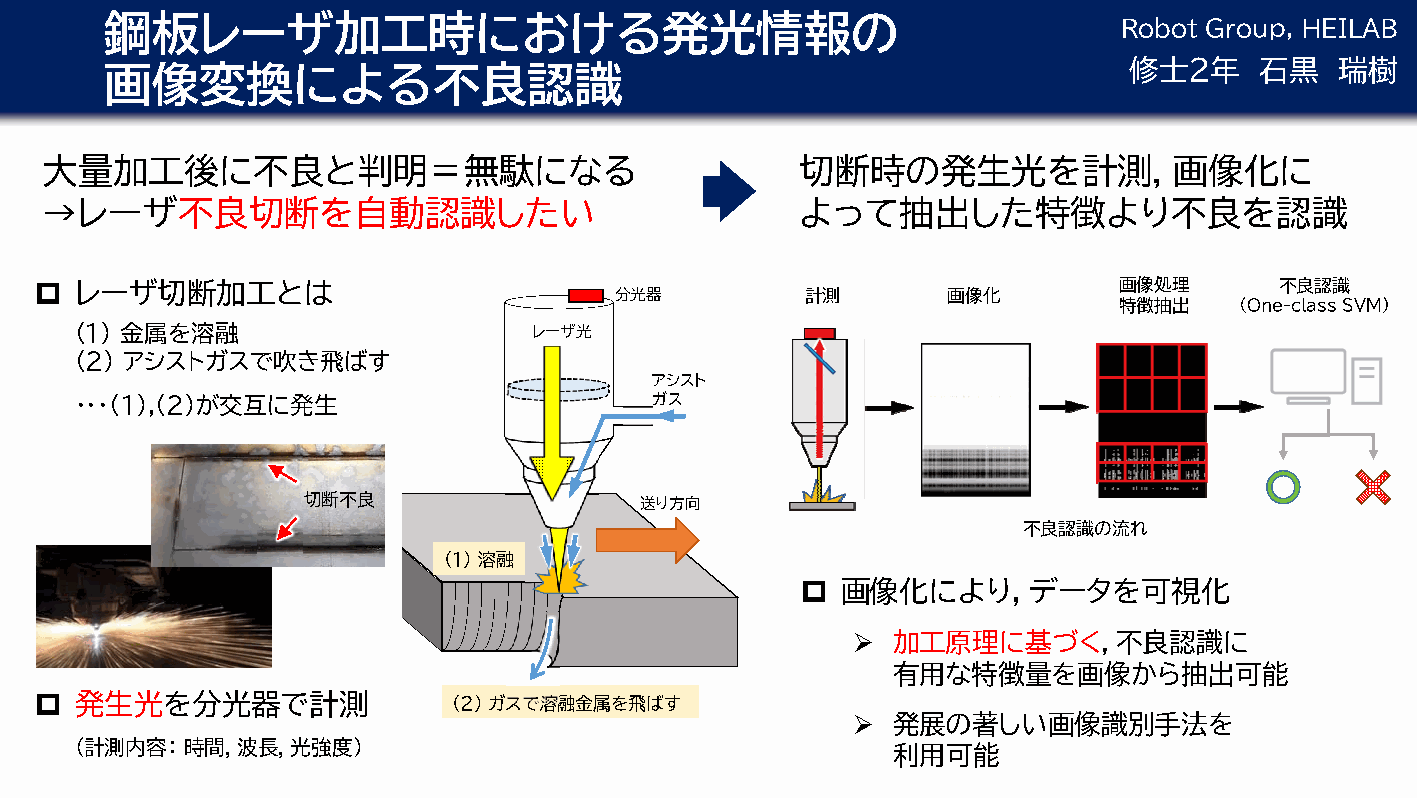
鋼板レーザ加工時における発光情報の
 Robot Group, HEILAB
 画像変換による不良認識                                                         修士2年    石黒    瑞樹
 大量加工後に不良と判明＝無駄になる                                 切断時の発生光を計測，画像化に
 →レーザ不良切断を自動認識したい                                  よって抽出した特徴より不良を認識
   レーザ切断加工とは                           分光器         計測        画像化        画像処理       不良認識
 特徴抽出    (One-class SVM)
 (1) 金属を溶融                     レーザ光
 (2) アシストガスで吹き飛ばす
 アシスト
 ・・・(1),(2)が交互に発生                      ガス
 切断不良                  送り方向
 不良認識の流れ
 (1) 溶融
   画像化により，データを可視化
   加工原理に基づく，不良認識に
 有用な特徴量を画像から抽出可能
   発生光を分光器で計測               (2) ガスで溶融金属を飛ばす
   発展の著しい画像識別手法を
 (計測内容： 時間，波長，光強度)                                     利用可能